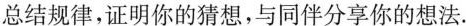
总结规律，证明你的猜想，与同伴分享你的想法。